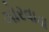
ગોરવાડા